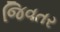
જિવતર